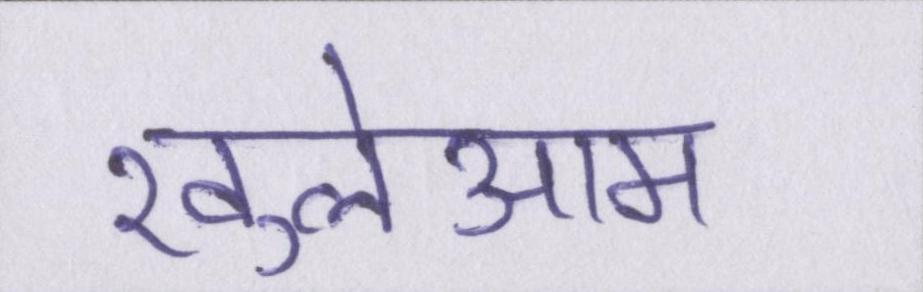
खुलेआम